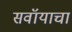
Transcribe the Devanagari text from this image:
सवॉयाचा